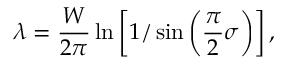
\lambda = \frac { W } { 2 \pi } \ln \left[ { 1 / \sin \left( \frac { \pi } { 2 } \sigma \right) } \right] ,